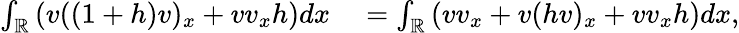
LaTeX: \begin{array}{rl}{\int_{\mathbb R}\left(v((1+h)v)_{x}+vv_{x}h\right)dx}&{{}=\int_{\mathbb R}\left(vv_{x}+v(hv)_{x}+vv_{x}h\right)dx,}\end{array}